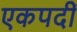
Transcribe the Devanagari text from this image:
एकपदीं